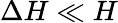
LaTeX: \Delta H\ll H